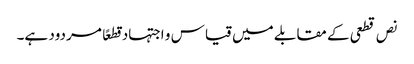
نص قطعی کے مقابلے میں قیاس و اجتہاد قطعًا مردود ہے۔